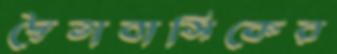
দ্বৈতাবাসিকের